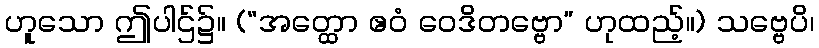
ဟူသော ဤပါဌ်၌။ (“အတ္ထော ဧဝံ ဝေဒိတဗ္ဗော” ဟုထည့်။) သဗ္ဗေပိ၊